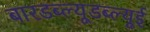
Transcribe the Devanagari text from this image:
बारडब्ल्यूडब्ल्यूई